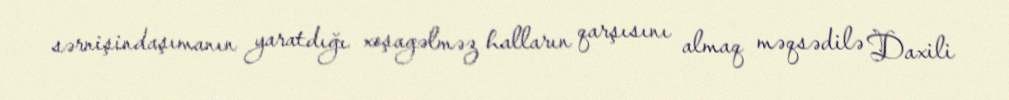
sərnişindaşımanın yaratdığı xoşagəlməz halların qarşısını almaq məqsədilə Daxili